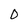
Character: 0